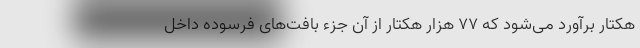
هکتار برآورد می‌شود که ۷۷ هزار هکتار از آن جزء بافت‌های فرسوده داخل